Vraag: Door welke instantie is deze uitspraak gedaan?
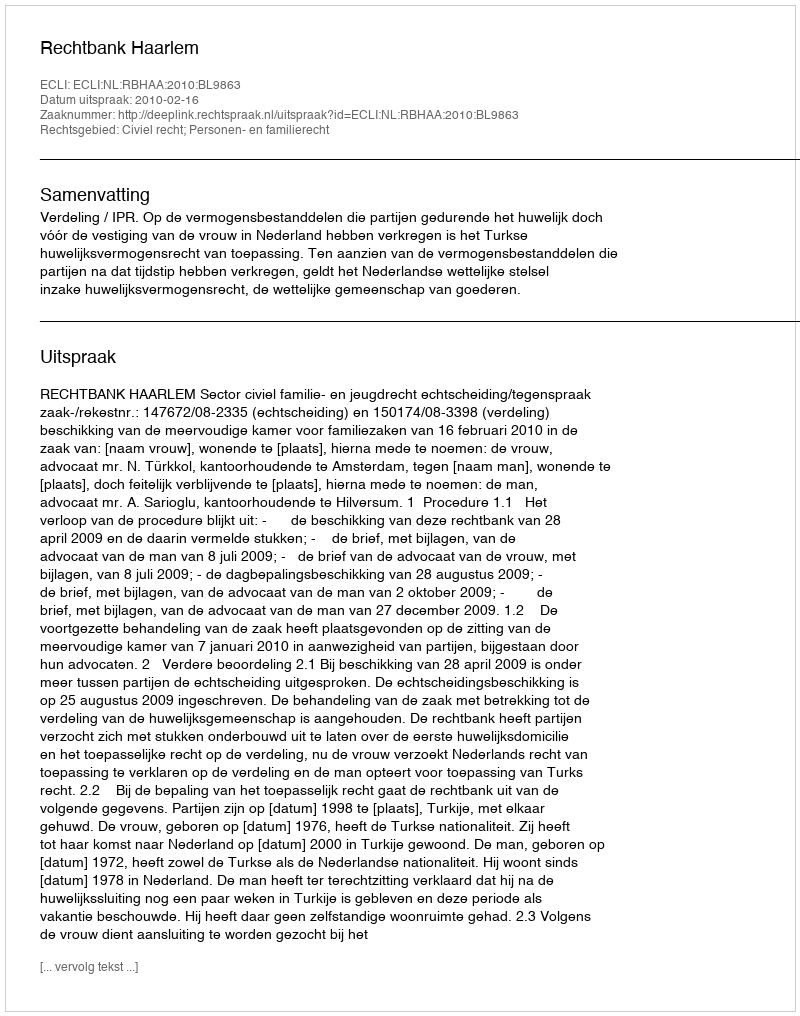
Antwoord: Rechtbank Haarlem